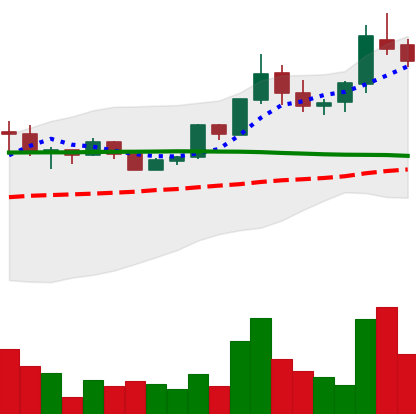
Ticker: BTC-USD
Chart end date: 2015-07-07
Forward return: 16.776%
Label: up_7plus